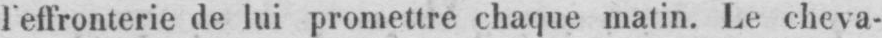
l’effronterie de lui promettre chaque matin. Le cheva-